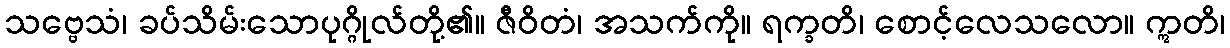
သဗ္ဗေသံ၊ ခပ်သိမ်းသောပုဂ္ဂိုလ်တို့၏။ ဇီဝိတံ၊ အသက်ကို။ ရက္ခတိ၊ စောင့်လေသလော။ ဣတိ၊